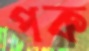
পক